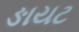
ઙાયટ